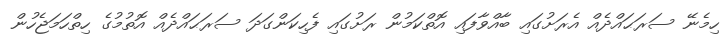
ހިމެނޭ ސަރަޙައްދެއް އެރަށުގައި ބާއްވާފައި އޮތްކަމުން ރަށުގައި ފެހިކަންގަދަ ސަރަޙައްދެއް އޮތުމުގެ ހިތްހަމަޖެހުން